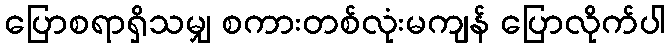
ပြောစရာရှိသမျှ စကားတစ်လုံးမကျန် ပြောလိုက်ပါ